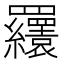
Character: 𦍆